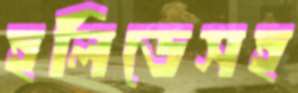
হলিডেসহ